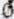
0